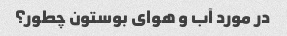
در مورد آب و هوای بوستون چطور؟